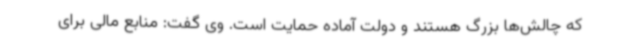
که چالش‌ها بزرگ هستند و دولت آماده حمایت است. وی گفت: منابع مالی برای